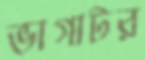
ভাগাটর